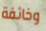
وخائفة